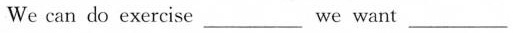
We can do exercise___we want ___